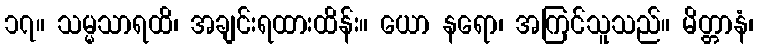
၁၇။ သမ္မသာရထိ၊ အချင်းရထားထိန်း။ ယော နရော၊ အကြင်သူသည်။ မိတ္တာနံ၊